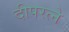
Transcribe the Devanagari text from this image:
दीपरत्ने